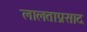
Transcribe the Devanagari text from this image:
लालताप्रसाद